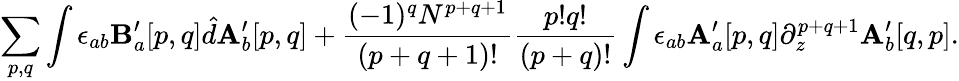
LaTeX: \sum_{p,q}\int\epsilon_{ab}\mathbf{B}_{a}^{\prime}[p,q]\hat{d}\mathbf{A}_{b}^{\prime}[p,q]+\frac{(-1)^{q}N^{p+q+1}}{(p+q+1)!}\frac{p!q!}{(p+q)!}\int\epsilon_{ab}\mathbf{A}_{a}^{\prime}[p,q]\partial_{z}^{p+q+1}\mathbf{A}_{b}^{\prime}[q,p].